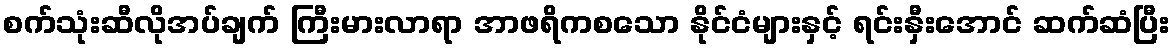
စက်သုံးဆီလိုအပ်ချက် ကြီးမားလာရာ အာဖရိကစသော နိုင်ငံများနှင့် ရင်းနှီးအောင် ဆက်ဆံပြီး